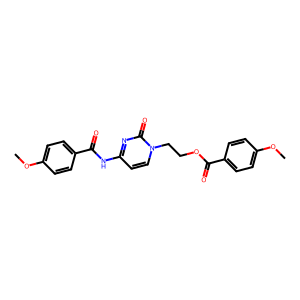
SMILES: COc1ccc(C(=O)Nc2ccn(CCOC(=O)c3ccc(OC)cc3)c(=O)n2)cc1
Inhibits HIV replication: No